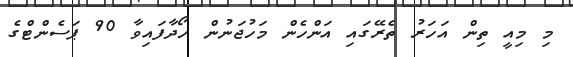
މި މިއީ ތިން އަހަރު ތެރޭގައި އަންހެން މަހުޖަނުން ހޯދާފައިވާ 90 ޕަސެންޓްގެ